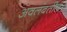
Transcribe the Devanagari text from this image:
अवलंबतील